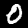
Digit: 0